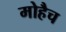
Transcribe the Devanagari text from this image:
मोहैच